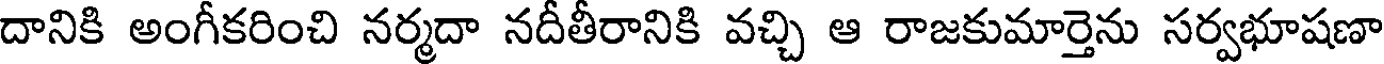
దానికి అంగీకరించి నర్మదా నదీతీరానికి వచ్చి ఆ రాజకుమార్తెను సర్వభూషణా